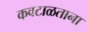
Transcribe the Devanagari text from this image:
कवटाळताना